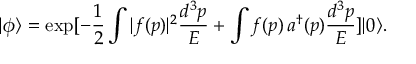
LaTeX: | \phi \rangle = \exp [ - \frac { 1 } { 2 } \int | f ( p ) | ^ { 2 } \frac { d ^ { 3 } p } { E } + \int f ( p ) \, a ^ { \dag } ( p ) \frac { d ^ { 3 } p } { E } ] | 0 \rangle .